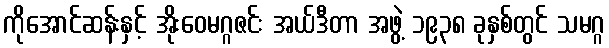
ကိုအောင်ဆန်းနှင့် အိုးဝေမဂ္ဂဇင်း အယ်ဒီတာ အဖွဲ့ ၁၉၃၈ ခုနှစ်တွင် သမဂ္ဂ